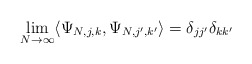
\begin{align*} \lim_{N\to \infty}\langle \Psi_{N,j,k}, \Psi_{N,j',k'}\rangle = \delta_{jj'} \delta_{kk'}\end{align*}